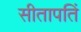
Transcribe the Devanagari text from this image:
सीतापतिं